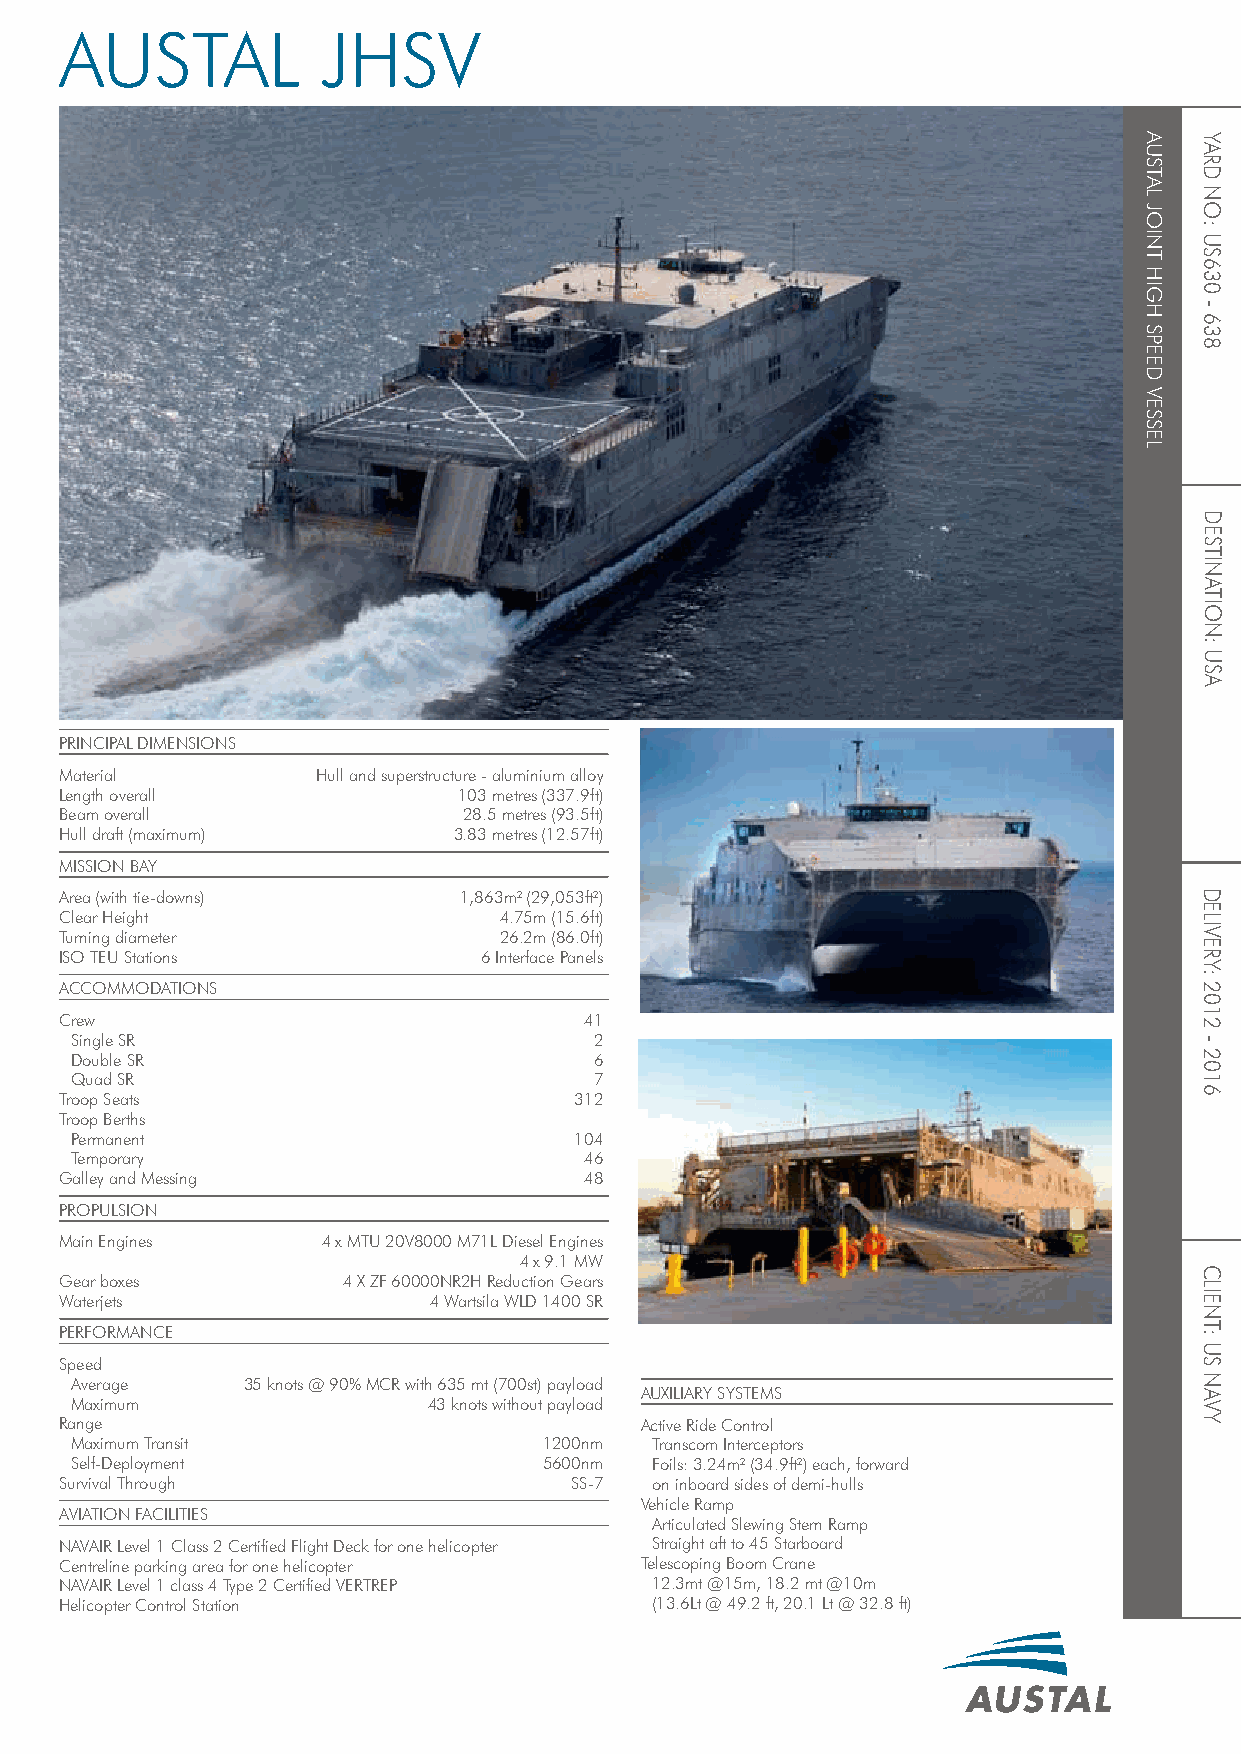
AUSTAL           JHSV
 PRINCIPAL DIMENSIONS
 Material         Hull and superstructure - aluminium alloy
 Length overall            103 metres (337.9ft)
 Beam overall               28.5 metres (93.5ft)
 Hull draft (maximum)      3.83 metres (12.57ft)
 MISSION BAY
 Area (with tie-downs)     1,863m2 (29,053ft2)
 Clear Height                 4.75m (15.6ft)
 Turning diameter             26.2m (86.0ft)
 ISO TEU Stations            6 Interface Panels
 ACCOMMODATIONS
 Crew                               41
 Single SR                         2
 Double SR                         6
 Quad SR                           7
 Troop Seats                       312
 Troop Berths
 Permanent                        104
 Temporary                         46
 Galley and Messing                 48
 PROPULSION
 Main Engines     4 x MTU 20V8000 M71L Diesel Engines
 4 x 9.1 MW
 Gear boxes         4 X ZF 60000NR2H Reduction Gears
 Waterjets               4 Wartsila WLD 1400 SR
 PERFORMANCE
 Speed
 Average    35 knots @ 90% MCR with 635 mt (700st) payload
 AUXILIARY SYSTEMS
 Maximum                43 knots without payload
 Range                                 Active Ride Control
 Maximum Transit                1200nm Transcom Interceptors
 Self-Deployment                5600nm Foils: 3.24m2 (34.9ft2) each, forward
 Survival Through                  SS-7 on inboard sides of demi-hulls
 Vehicle Ramp
 AVIATION FACILITIES
 Articulated Slewing Stern Ramp
 NAVAIR Level 1 Class 2 Certified Flight Deck for one helicopter Straight aft to 45 Starboard
 Centreline parking area for one helicopter Telescoping Boom Crane
 NAVAIR Level 1 class 4 Type 2 Certified VERTREP 12.3mt @15m, 18.2 mt @10m
 Helicopter Control Station             (13.6Lt @ 49.2 ft, 20.1 Lt @ 32.8 ft)
 AUSTAL
 JOINT
 HIGH
 SPEED
 VESSEL
 YARD
 NO:
 US630
 -
 638
 DESTINATION:
 USA
 DELIVERY:
 2012
 -
 2016
 CLIENT:
 US
 NAVY